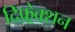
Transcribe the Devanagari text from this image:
दिफ़्रेक्शन